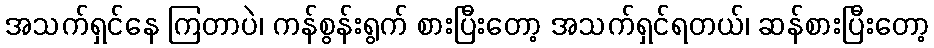
အသက်ရှင်နေ ကြတာပဲ၊ ကန်စွန်းရွက် စားပြီးတော့ အသက်ရှင်ရတယ်၊ ဆန်စားပြီးတော့